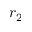
r _ { 2 }